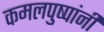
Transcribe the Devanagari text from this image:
कमलपुष्पांनी